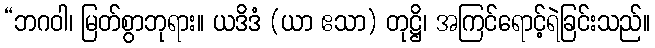
“ဘဂဝါ၊ မြတ်စွာဘုရား။ ယဒိဒံ (ယာ ဧသာ) တုဋ္ဌိ၊ အကြင်ရောင့်ရဲခြင်းသည်။